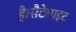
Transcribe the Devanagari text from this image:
है।सैटेलाइट